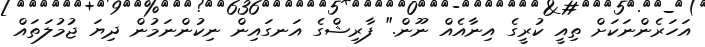
އަހަރެންނަކަށް ތިއީ ކުރީގެ އިނާއެއް ނޫން." ފާރިޝްގެ އަނގައިން ނިކުންނަމުން ދިޔަ ޖުމުލަތައް